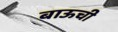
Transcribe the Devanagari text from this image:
बाऊची